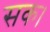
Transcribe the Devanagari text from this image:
सक।